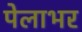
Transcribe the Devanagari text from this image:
पेलाभर